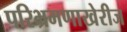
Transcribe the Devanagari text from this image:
परिभ्रमणाखेरीज